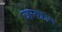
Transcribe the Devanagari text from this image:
वालफ्राम